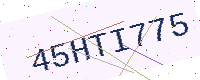
Text: 45HTI775